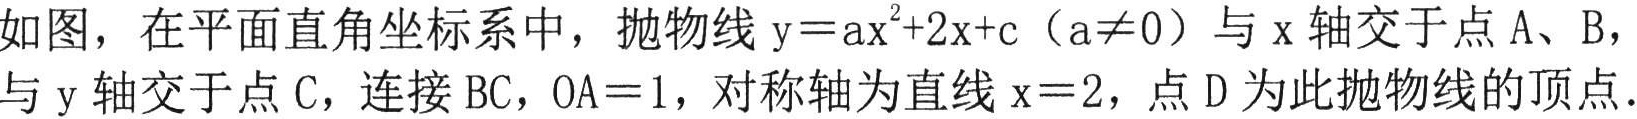
如图，在平面直角坐标系中，抛物线$\mathrm{y}=\mathrm{a}\mathrm{x}^{2}+2\mathrm{x}+\mathrm{c}$（$\mathrm{a}\neq 0$）与$\mathrm{x}$轴交于点$\mathrm{A}$、$\mathrm{B}$，与$\mathrm{y}$轴交于点$\mathrm{C}$，连接$\mathrm{B}\mathrm{C}$，$\mathrm{O}\mathrm{A}=1$，对称轴为直线$\mathrm{x}=2$，点$\mathrm{D}$为此抛物线的顶点.